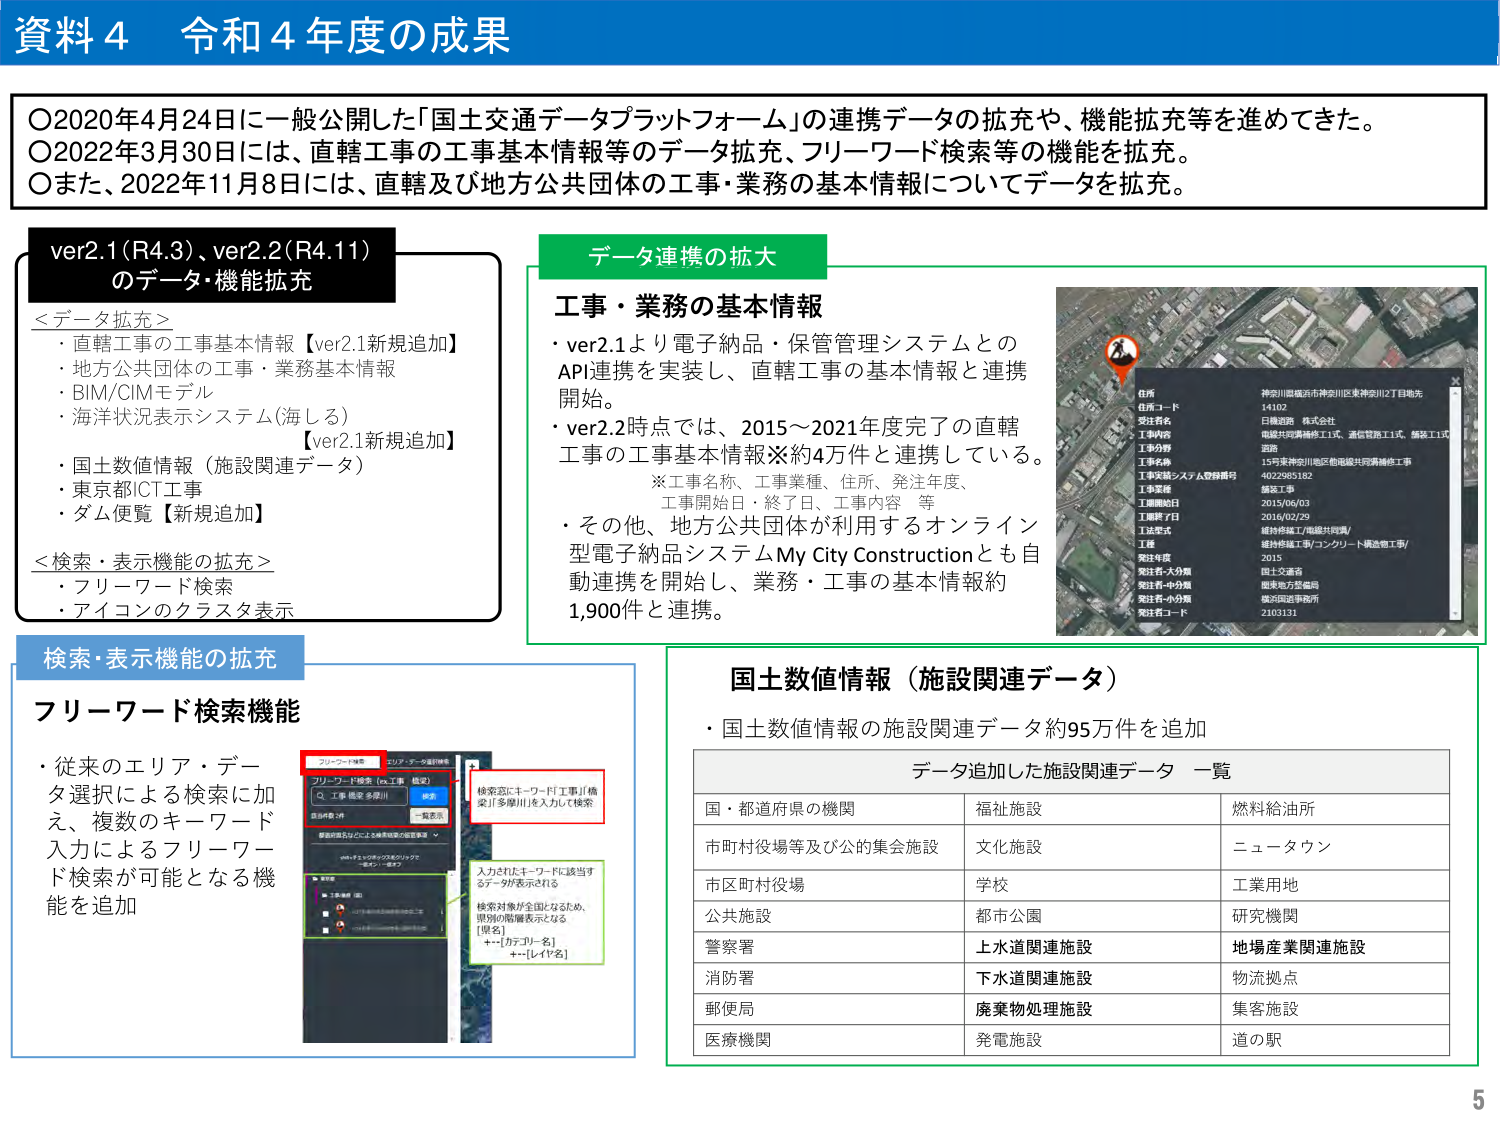
資料４ 令和４年度の成果

〇2020年4月24日に一般公開した「国土交通データプラットフォーム」の連携データの拡充や、機能拡充等を進めてきた。
〇2022年3月30日には、直轄工事の工事基本情報等のデータ拡充、フリーワード検索等の機能を拡充。
〇また、2022年11月8日には、直轄及び地方公共団体の工事・業務の基本情報についてデータを拡充。

ver2.1（R4.3）、ver2.2（R4.11）のデータ・機能拡充

＜データ拡充＞
・直轄工事の工事基本情報【ver2.1新規追加】
・地方公共団体の工事・業務基本情報
・BIM/CIMモデル
・海洋状況表示システム（海しる）【ver2.1新規追加】
・国土数値情報（施設関連データ）
・東京都ICT工事
・ダム便覧【新規追加】

＜検索・表示機能の拡充＞
・フリーワード検索
・アイコンのクラスタ表示

データ連携の拡大

工事・業務の基本情報
・ver2.1より電子納品・保管管理システムとのAPI連携を実装し、直轄工事の基本情報と連携開始。
・ver2.2時点では、2015～2021年度完了の直轄工事の工事基本情報※約4万件と連携している。
　※工事名称、工事業種、住所、発注年度、
　　工事開始日・終了日、工事内容　等
・その他、地方公共団体が利用するオンライン型電子納品システムMy City Constructionとも自動連携を開始し、業務・工事の基本情報約1,900件と連携。

住所
神奈川県横浜市神奈川区東神奈川2丁目地先
住所コード
14102
受注者名
日建道路 株式会社
工事内容
横浜共栄興業工1式、通管管路工1式、舗装工1式
工事分類
道路
工事名称
15号東神奈川地区他施設共同再構築工事
工事実績システム登録番号
4022985182
工事業種
舗装工事
工事開始日
2015/06/03
工事終了日
2016/02/29
工事形式
維持修繕工/高級片附溝/
工種
維持修繕工事/コンクリート構造物工事/
発注年度
2015
発注者・大分類
国土交通省
発注者・中分類
国土地理院
発注者・小分類
横浜国道事務所
発注者コード
2103131

検索・表示機能の拡充

フリーワード検索機能
・従来のエリア・データ選択による検索に加え、複数のキーワード入力によるフリーワード検索が可能となる機能を追加

フリーワード検索
フリーワード検索（ex.工事 検索）
Q 工事 検索 多摩川
検索
自由検索
一覧表示
検索窓にキーワード「工事」「橋梁」「多摩川」を入力して検索
入力されたキーワードに該当するデータが表示される
検索対象が全国となるため、県別の階層表示となる
[県名]
＋…[カテゴリ名]
＋…[レイヤ名]

国土数値情報（施設関連データ）
・国土数値情報の施設関連データ約95万件を追加

データ追加した施設関連データ 一覧

国・都道府県の機関　　　　　福祉施設　　　　　燃料給油所
市町村役場等及び公的集会施設　文化施設　　　　　ニュータウン
市区町村役場　　　　　　　　学校　　　　　　　工業用地
公共施設　　　　　　　　　　都市公園　　　　　研究機関
警察署　　　　　　　　　　　上水道関連施設　　　地場産業関連施設
消防署　　　　　　　　　　　下水道関連施設　　　物流拠点
郵便局　　　　　　　　　　　廃棄物処理施設　　　集客施設
医療機関　　　　　　　　　　発電施設　　　　　道の駅

5